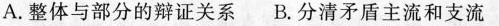
A.整体与部分的辩证关系 B.分清矛盾主流和支流